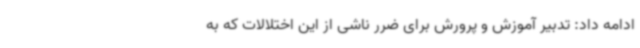
ادامه داد: تدبیر آموزش و پرورش برای ضرر ناشی از این اختلالات که به